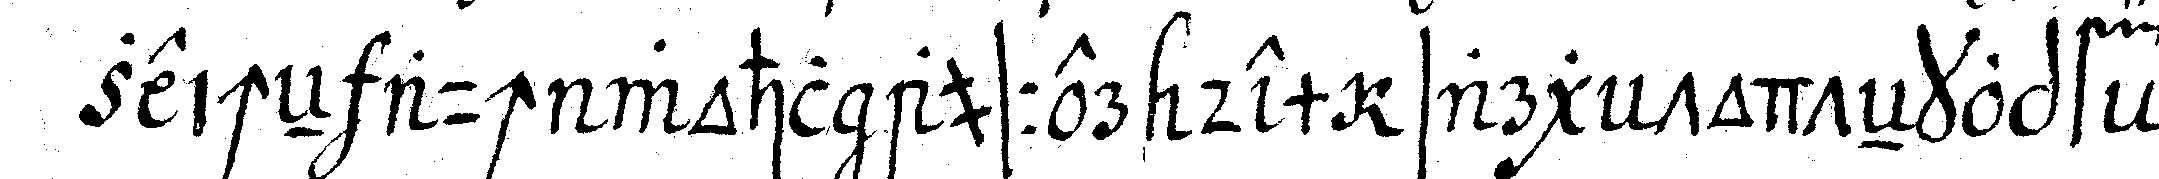
zeicheN auch wohl ausser dem sarg todteNkopf .